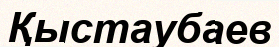
Қыстаубаев